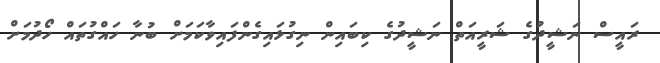
ރައީސް ނަޝީދުގެ ޝަރީއަތް ނަޝީދުގެ ކިބައިން ނިގުޅައިގެންފައިވާކަމަށް ބުނާ ހައްގުތައް ހޯދުމަށް